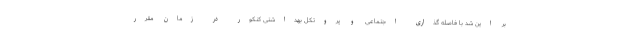
بر این شد با فاصله گذاری اجتماعی و پروتکل بهداشتی کنکور در زمان مقرر